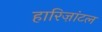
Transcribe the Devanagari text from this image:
हारिज़ांटल